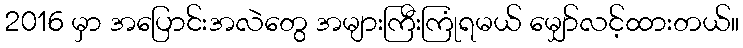
2016 မှာ အပြောင်းအလဲတွေ အများကြီးကြုံရမယ် မျှော်လင့်ထားတယ်။